Riigikantselei, lk 62
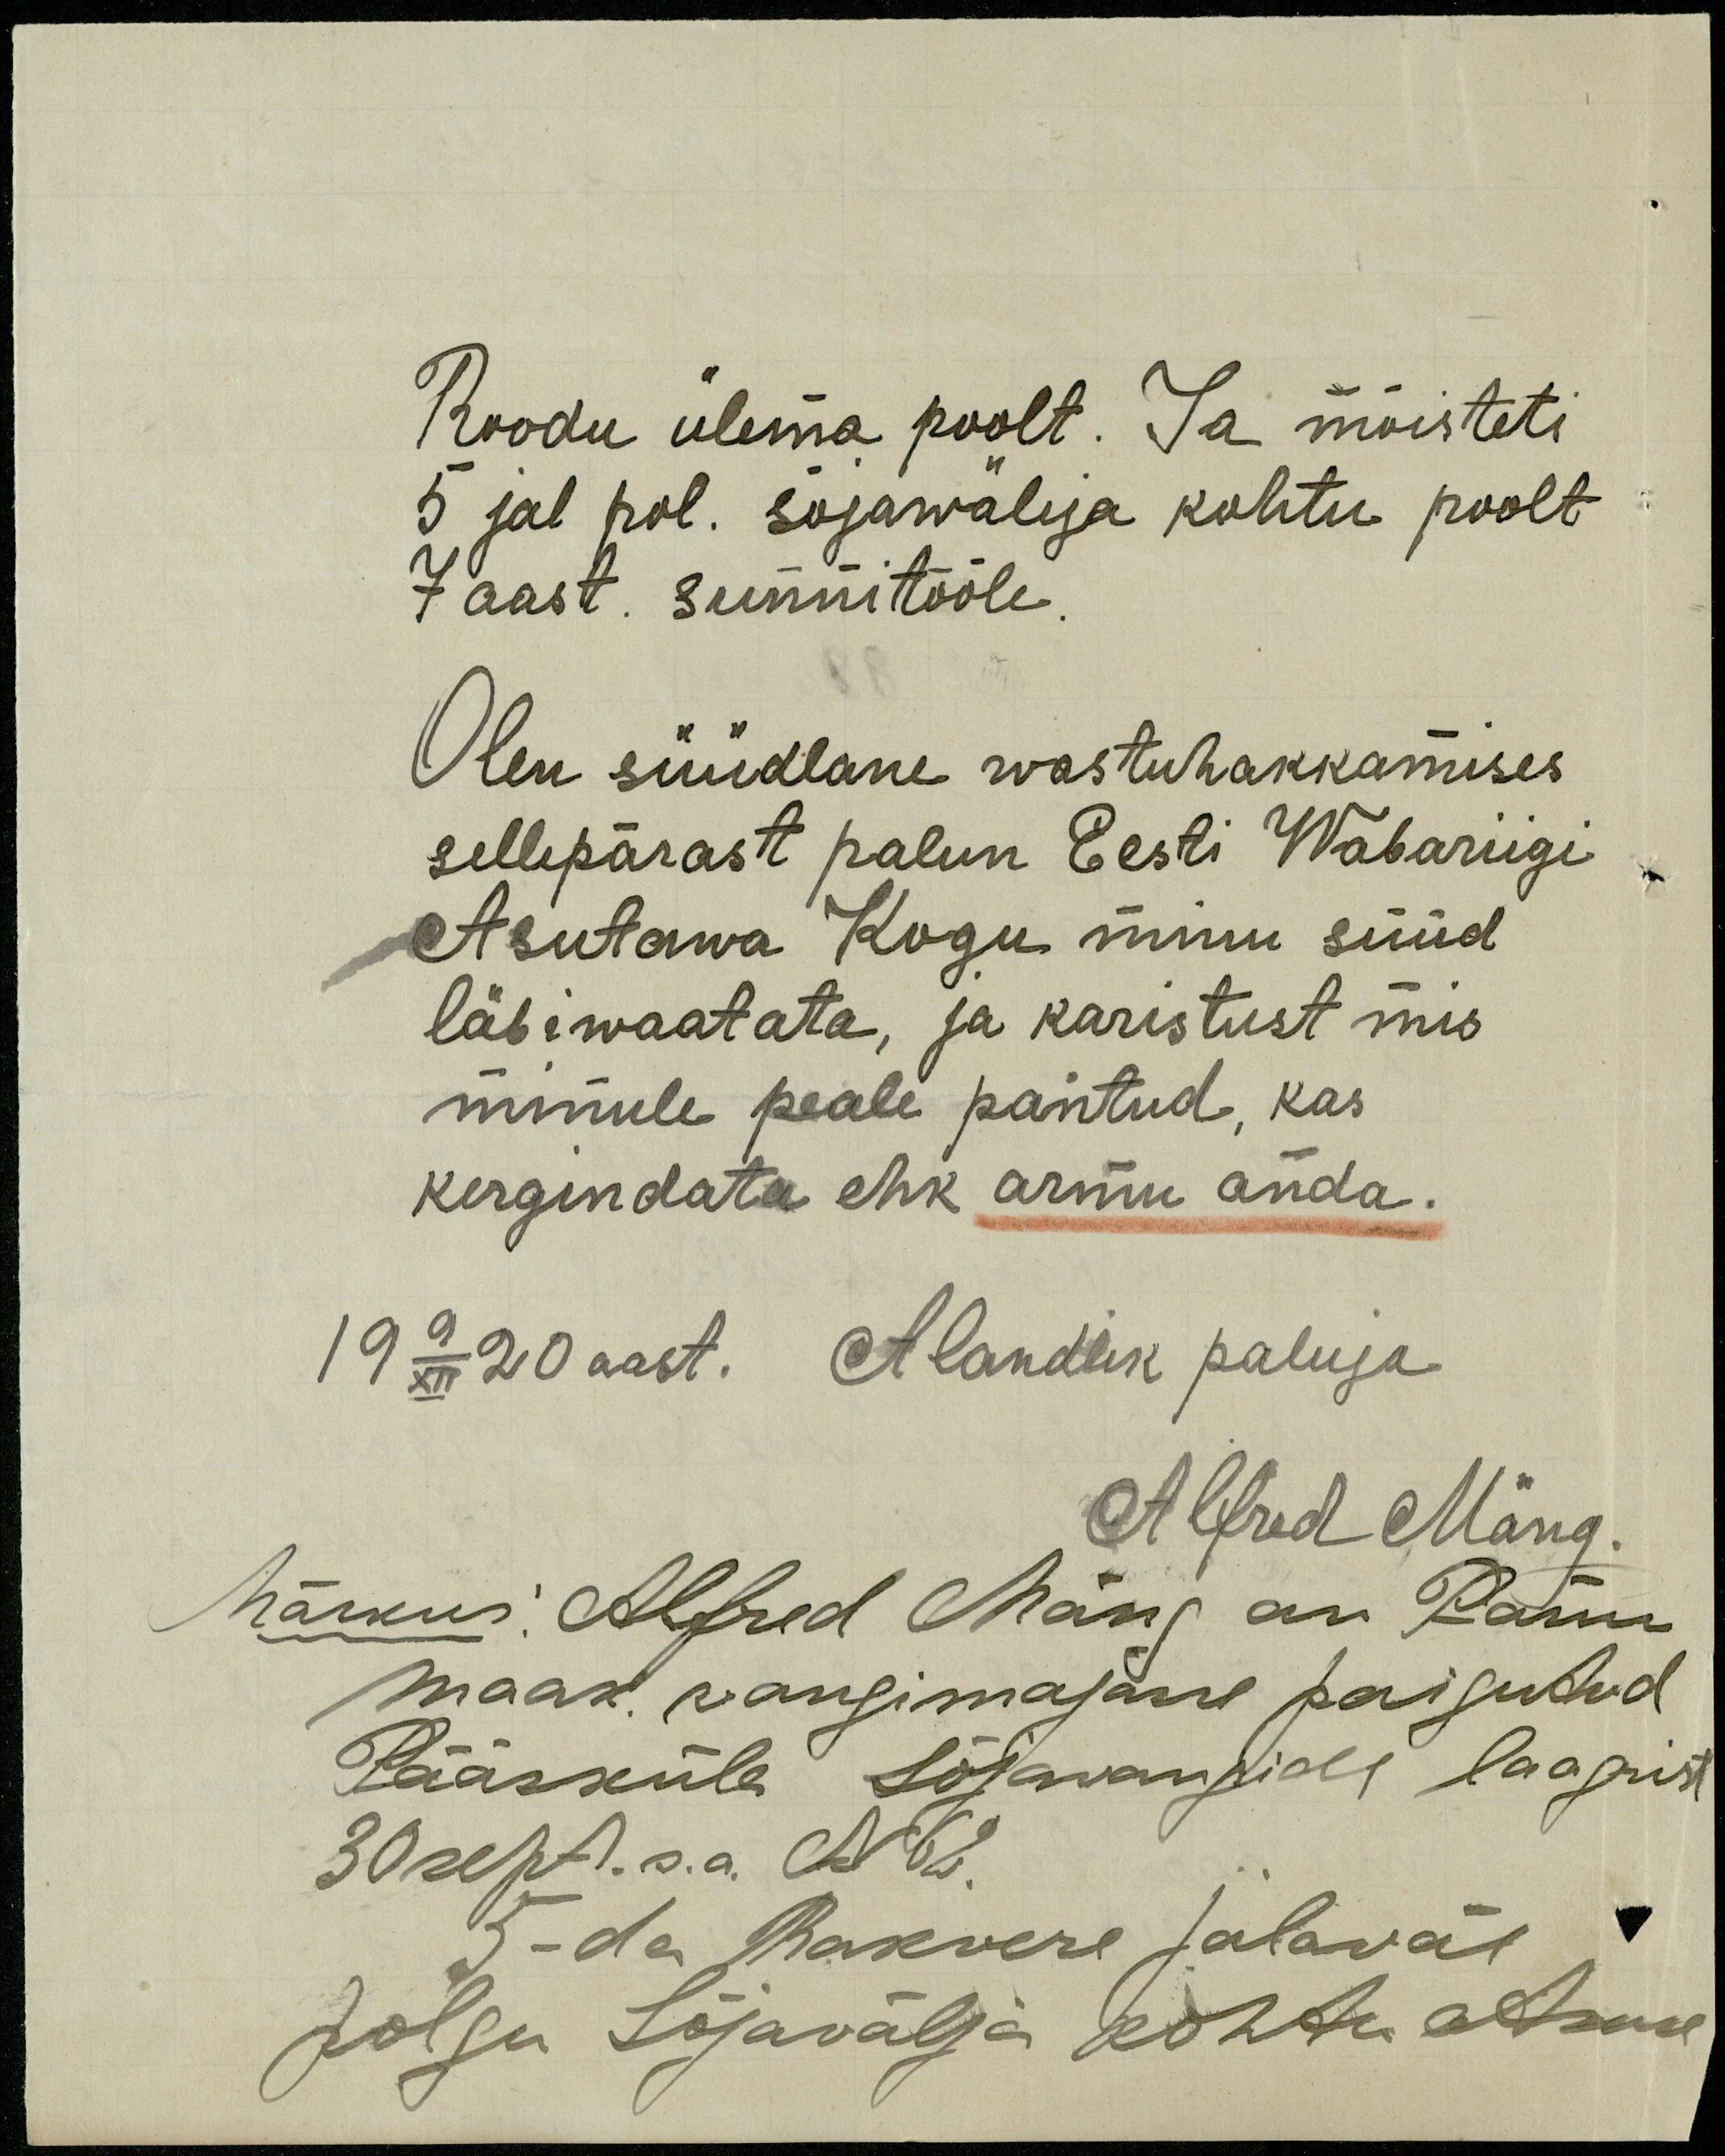
Roodu ülema poolt. Ja mõisteti
5 jal pol. sõjawäleja kohtu poolt
7 aast. sunnitööle.
Olen süüdlane wastuhakkamises,
sellepärast palun Eesti Wabariigi
Asutawa Kogu minu süüd
läbiwaatata, ja karistust mis
minule peale pantud, kas
kergendata ehk armu anda.
19 9/XII 20 aast. Alandlik paluja
Alfred Mäng
Märkus: Alfred Mäng on Pärnu
maak. vangimajasse paigutud
Pääsküla sõjavangide laapist
30 sept. s.a. N 62.
5-da Rakvere jalaväe
Polgu Sõjavälja kohtu otsuse